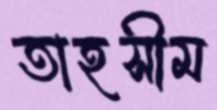
তাহসীম